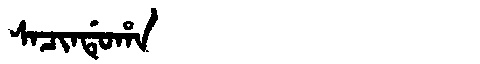
Manchu: ᠰᠠᠴᡳᠨᡩᡠᡥᠠ
Romanization: SACINDUHA